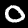
Label: 0